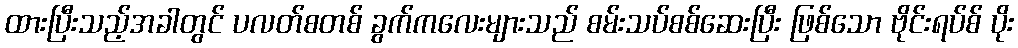
ထားပြီးသည့်အခါတွင် ပလတ်စတစ် ခွက်ကလေးများသည် စမ်းသပ်စစ်ဆေးပြီး ဖြစ်သော ဗိုင်းရပ်စ် ပိုး